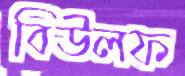
বিউলফ